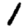
Digit: 1